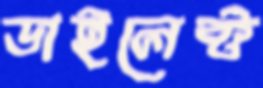
ডাইলেক্ট